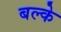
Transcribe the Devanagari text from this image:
बल्के